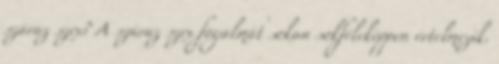
száraz szex? A száraz szex fogalmát sokan sokféleképpen értelmezik.